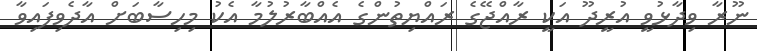
ނޫރާ ވިދާޅުވީ އުރީދޫ އަކީ ރާއްޖޭގެ ރައްޔިތުންގެ އެއްބާރުލުމާ އެކު މިހިސާބަށް އާދެވިފައިވާ